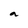
Character: n